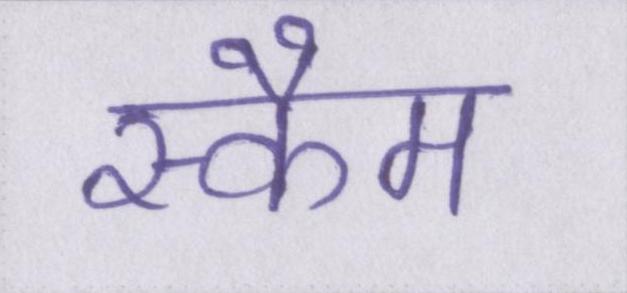
स्कैम